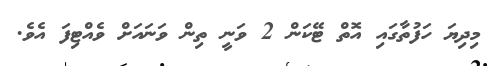
މިދިޔަ ހަފުތާގައި އޮތް ޓޭކަން 2 ވަނީ ތިން ވަނައަށް ވެއްޓިފަ އެވެ.